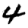
Digit: 4